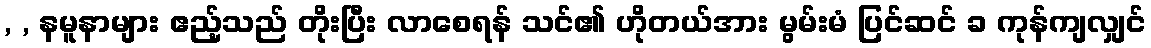
, , နမူနာများ ဧည့်သည် တိုးပြီး လာစေရန် သင်၏ ဟိုတယ်အား မွမ်းမံ ပြင်ဆင် ခ ကုန်ကျလျှင်